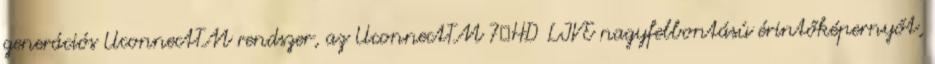
generációs UconnectTM rendszer, az UconnectTM 7″HD LIVE nagyfelbontású érintőképernyőt,